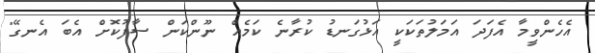
އެހެންވީމާ އެފަދަ އަމަލުތަކަކީ އަޅުގަނޑު ކުރާނެ ކަމެއް ނޫންކަން ސާފުކޮށް އެބަ އެނގޭ"